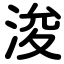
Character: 浚